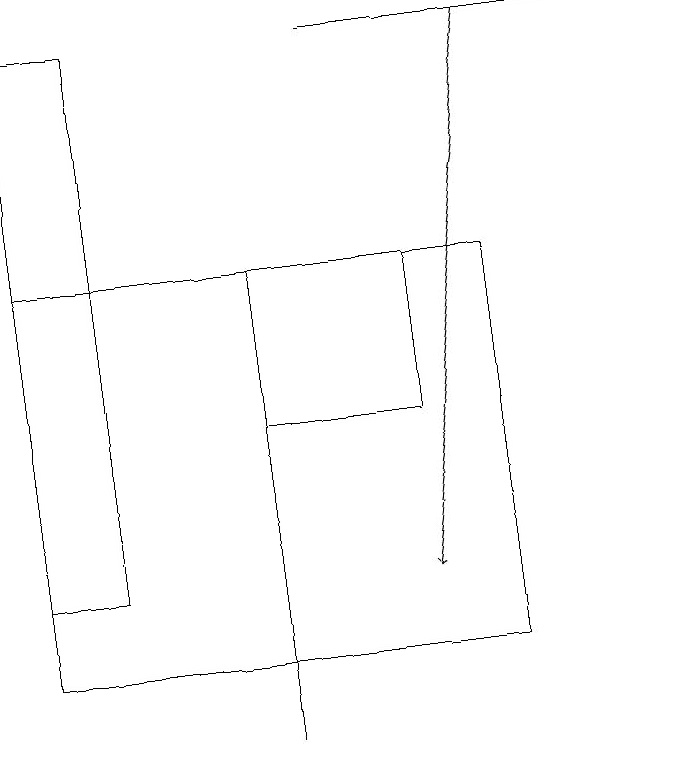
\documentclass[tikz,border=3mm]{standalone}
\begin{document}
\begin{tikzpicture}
\draw (0,19) rectangle (1,12);
\draw (8,19) rectangle (4,19);
\draw (3,15) rectangle (3,10);
\draw[->] (6,19) -- (5,12);
\draw (5,14) rectangle (3,16);
\draw (0,11) rectangle (6,16);
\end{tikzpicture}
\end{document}